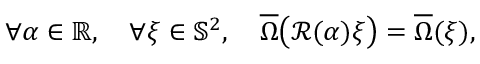
\forall \alpha \in \mathbb { R } , \quad \forall \xi \in \mathbb { S } ^ { 2 } , \quad \overline { { \Omega } } \big ( \mathcal { R } ( \alpha ) \xi \big ) = \overline { { \Omega } } ( \xi ) ,